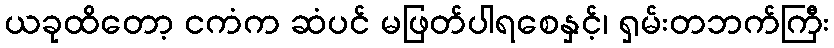
ယခုထိတော့ ငကံက ဆံပင် မဖြတ်ပါရစေနှင့်၊ ရှမ်းတဘက်ကြီး